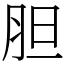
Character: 胆